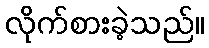
လိုက်စားခဲ့သည်။